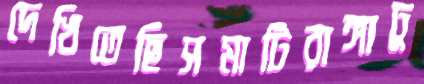
দেখিতেছিসমাটিরাঙ্গাঢু